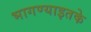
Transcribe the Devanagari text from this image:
भागण्याइतके